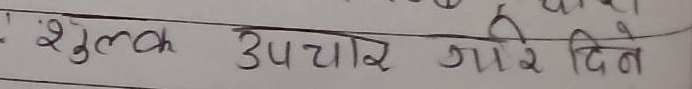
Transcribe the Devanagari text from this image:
१. शुल्क उपचार जा रे दिन